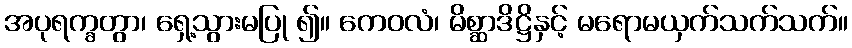
အပုရက္ခတွာ၊ ရှေ့သွားမပြု ၍။ ကေဝလံ၊ မိစ္ဆာဒိဋ္ဌိနှင့် မရောမယှက်သက်သက်။